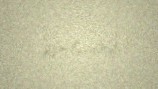
şərtləndirib.